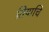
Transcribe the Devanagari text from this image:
तियाचि